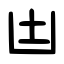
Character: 凷